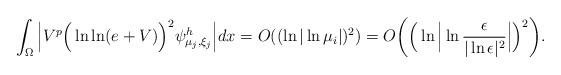
LaTeX: \begin{align*}\int_\Omega \Big|V^p \Big(\ln\ln(e+V)\Big)^2 \psi^h_{ \mu_j,\xi_j} \Big|dx = O( (\ln|\ln\mu_i| )^2) = O\bigg( \Big( \ln\Big|\ln\frac{\epsilon}{|\ln\epsilon|^2}\Big|\Big)^2\bigg).\end{align*}